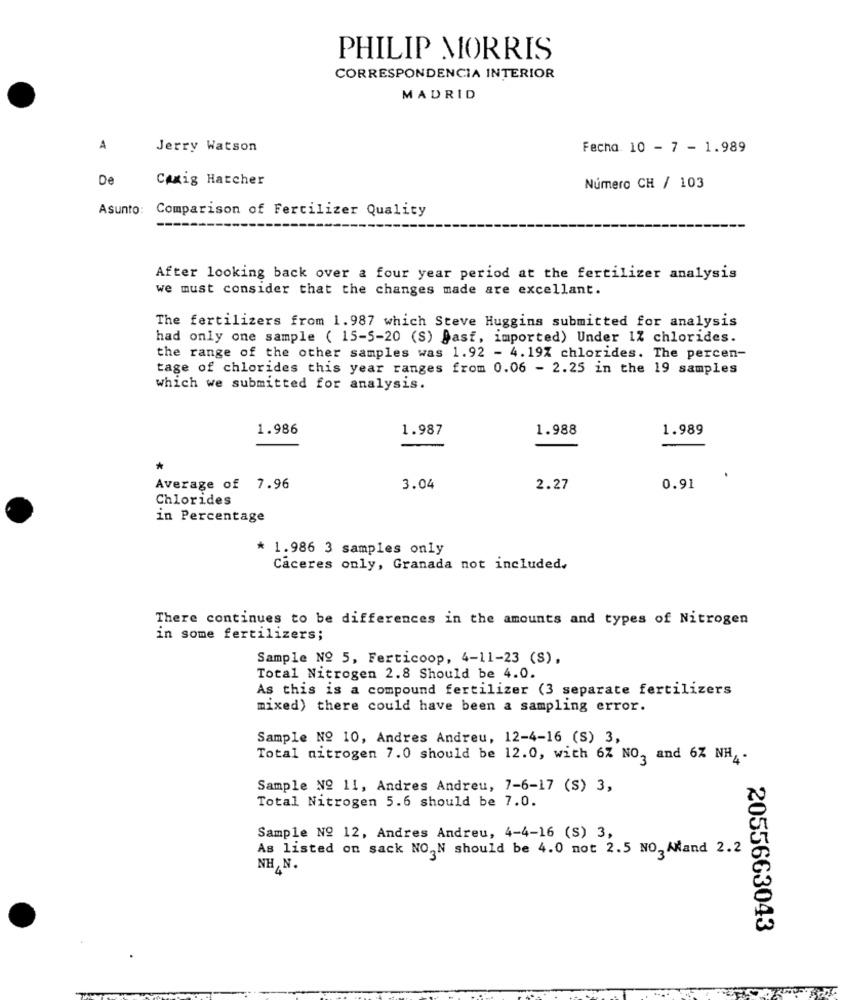
PHILIP MORRIS
CORRESPONDENCIA INTERIOR
MADRID
A
Jerry Watson
Fecha. 10 - 7 - 1.989
De
Caxig Hatcher
Número CH / 103
Asunto:
Comparison of Fertilizer Quality
After looking back over a four year period at the fertilizer analysis
we must consider that the changes made are excellant.
The fertilizers from 1.987 which Steve Huggins submitted for analysis
had only one sample ( 15-5-20 (S) @asf, imported) Under 1% chlorides.
the range of the other samples was 1.92 - 4.19% chlorides. The percen-
tage of chlorides this year ranges from 0.06 - 2.25 in the 19 samples
which we submitted for analysis.
1.986
1.987
1.988
1.989
*
Average of 7.96
3.04
2.27
0.91
Chlorides
in Percentage
* 1.986 3 samples only
Caceres only, Granada not included,
There continues to be differences in the amounts and types of Nitrogen
in some fertilizers;
Sample Nº 5, Ferticoop, 4-11-23 (S),
Total Nitrogen 2.8 Should be 4.0.
As this is a compound fertilizer (3 separate fertilizers
mixed) there could have been a sampling error.
Sample Nº 10, Andres Andreu, 12-4-16 (S) 3,
Total nitrogen 7.0 should be 12.0, with 6Z NO, and 6Z NH4 -
Sample Nº 11, Andres Andreu, 7-6-17 (S) 3,
Total Nitrogen 5.6 should be 7.0.
Sample Nº 12, Andres Andreu, 4-4-16 (S) 3,
As listed on sack NO,N should be 4.0 mot 2.5 NO, AMand 2.2
NH N.
2055663043